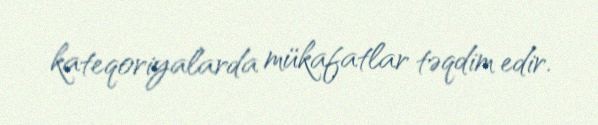
kateqoriyalarda mükafatlar təqdim edir.